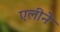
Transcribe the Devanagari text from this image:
एलीने